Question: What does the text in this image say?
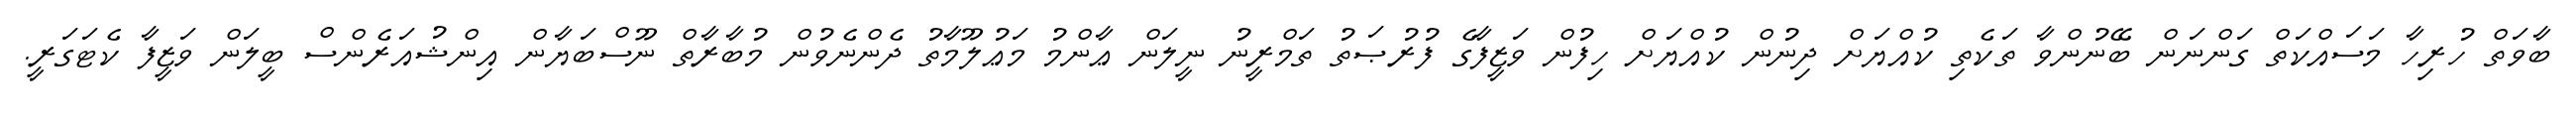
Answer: ބާވަތް ހުރިހާ މަސައްކަތް ގަންނަން ބޭނުންވާ ތަކެތި ކުއްޔަށް ދިނުން ކުއްޔަށް ހިފުން ވަޒީފާގެ ފުރުޞަތު ތަމްރީނު ނީލަން ޢާންމު މަޢުލޫމާތު ދެންނެވުން މުބާރާތް ނޫސްބަޔާން އިންޝުއަރެންސް ބީލަން ވަޒީފާ ކެޓަގަރީ.